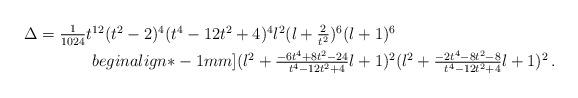
LaTeX: \begin{align*}\textstyle \Delta = \frac1{1024} t^{12} (t^2-2)^4 (t^4-12t^2+4)^4 l^2 (l + \frac2{t^2})^6 (l+1)^6 & \\begin{align*}-1mm]\textstyle (l^2 + \frac{-6t^4 + 8t^2 - 24}{\phantom{-}t^4 - 12t^2 + 4}l + 1)^2 &\textstyle (l^2 + \frac{-2t^4 - 8t^2 - 8}{\phantom{-}t^4 - 12t^2 + 4}l + 1)^2 \, .\end{align*}